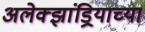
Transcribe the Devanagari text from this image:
अलेक्झांड्रियाच्या